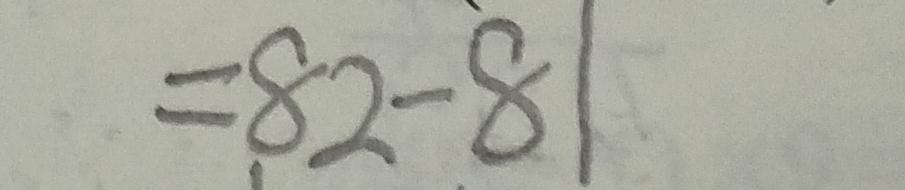
= 8 2 - 8 1